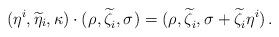
LaTeX: \begin{align*} (\eta^i,\widetilde{\eta}_i,\kappa)\cdot (\rho^{},\widetilde{\zeta}_i^{},\sigma^{})=(\rho^{},\widetilde{\zeta}_i^{},\sigma^{}+\widetilde{\zeta}_i^{}\eta^i)\,.\end{align*}